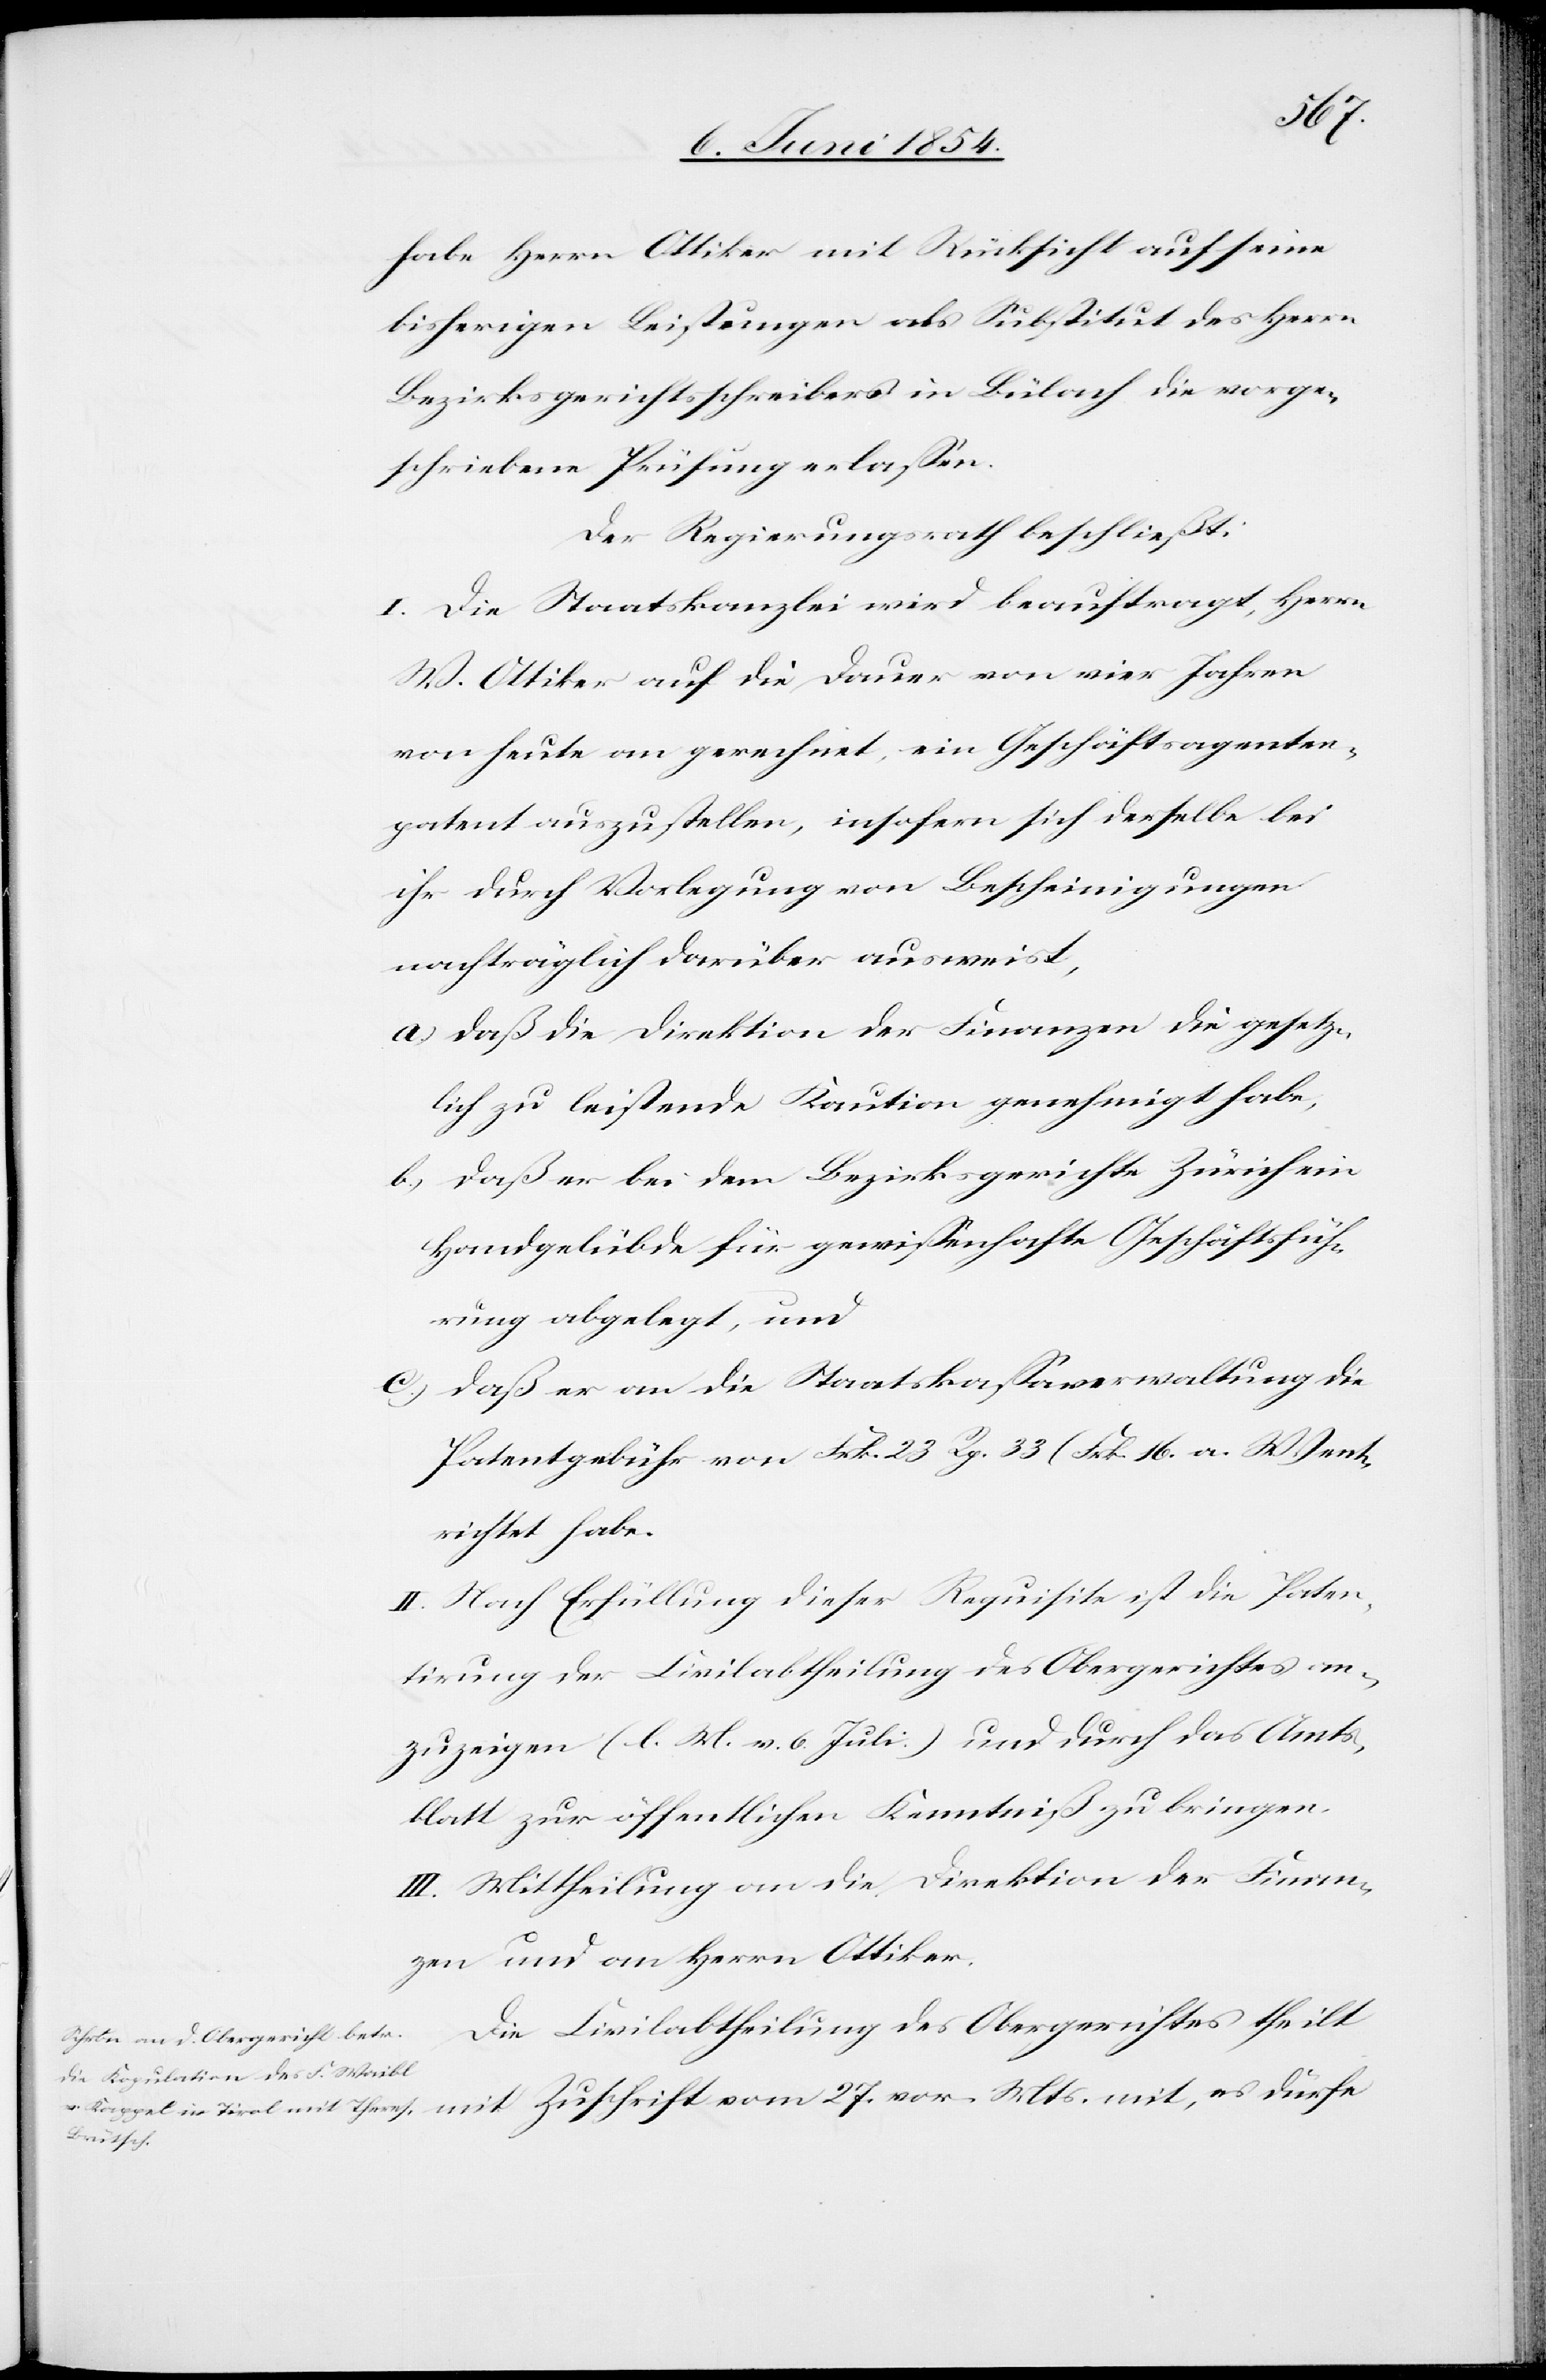
27.
habe Herrn Ottiker mit Rücksicht auf seine
bisherigen Leistungen als Substitut des Herrn
Bezirksgerichtsschreibers in Bülach die vorge¬
schriebene Prüfung erlaßen.
Der Regierungsrath beschließt:
I. Die Staatskanzlei wird beauftragt, Herrn
W. Ottiker auf die Dauer von vier Jahren
von heute an gerechnet, ein Geschäftsagenten¬
patent aufzustellen, insofern sich derselbe bei
ihr durch Vorlegung von Bescheinigungen
nachträglich darüber ausweist,
a.) daß die Direktion der Finanzen die gesetz¬
lich zu leitende Kaution genehmigt habe,
b.) daß er bei dem Bezirksgerichte Zürich ein
Handgelübde für gewißenhafte Geschäftsfüh¬
rung abgelegt, und
c.) daß er an die Staatskaßaverwaltung die
Patentgebühr von Frk. 23 Rp. 33 (Frk. 16 a.W.) ent¬
richtet habe.
II. Nach Erfüllung dieser Requisite ist die Paten¬
tirung der Civilabtheilung des Obergerichtes an¬
zuzeigen. (l. M. v. 6. Juli.) und durch das Amts¬
blatt zur öffentlichen Kenntniß zu bringen.
III. Mittheilung an die Direktion der Finan¬
zen und an Herrn Ottiker.
Die Civilabtheilung des Obergerichtes theilt